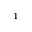
^ { 1 }